Indian journal of veterinary science and animal husbandry - Volumes 15-17, 1948-1951
Year: 1948
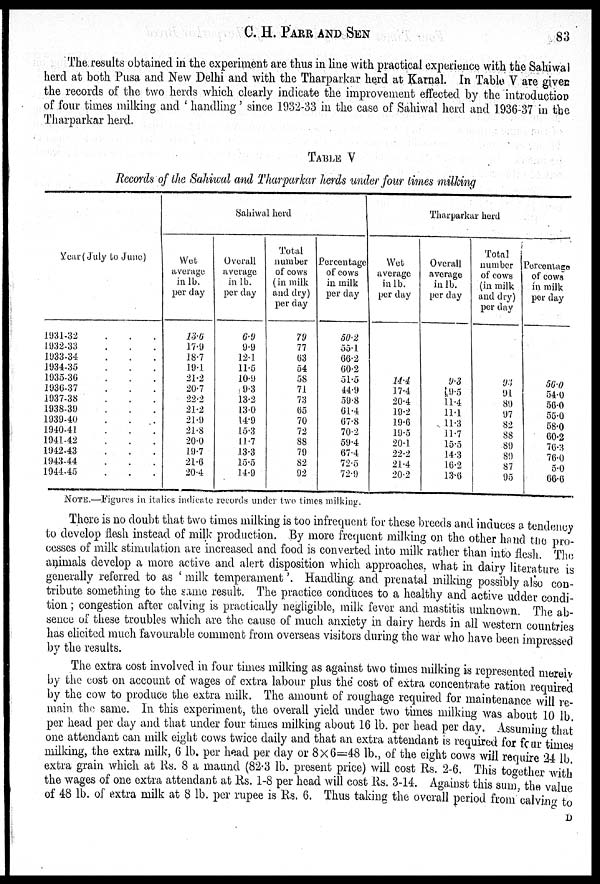
C.
H.
PARR
AND
SEN
83
The results obtained in the experiment are thus in line with practical experience with the Sahiwal
herd at both Pusa and New Delhi and with the Tharparkar herd at Karnal. In Table V are given
the records of the two herds which clearly indicate the improvement effected by the introduction
of four times milking and 'handling' since 1932-33 in the case of Sahiwal herd and 1936-37 in the
Tharparkar herd.
TABLE V
Records of the Sahiwal and Tharparkar herds under four times milking
Year (July to June)
1931-32
1932-33
1933-34
1934-35
1935-36
1936-37
1937-38
1938-39
1939-40
1940-41
1941-42
1942-43
1943-44
1944-45
Sahiwal herd
Wet
average
in lb.
per day
13.6
17.9
18.7
19.1
21.2
20.7
22.2
21.2
21.9
21.8
20.0
19.7
21.6
20.4
Overall
average
in lb.
per day
6.9
9.9
12.1
11.5
10.9
9.3
13.2
13.0
14.9
15.3
11.7
13.3
15.5
14.9
Total
number
of cows
(in milk
and dry)
per day
79
77
63
54
58
71
73
65
70
72
88
79
82
92
Percentage
of cows
in milk
per day
50.2
55.1
66.2
60.2
51.5
44.9
59.8
61.4
67.8
70.2
59.4
67.4
72.5
72.9
Tharparkar herd
Wet
average
in lb.
per day
14.4
17.4
20.4
19.2
19.6
19.5
20.1
22.2
21.4
20.2
Overall
average
in lb.
per day
9.3
9.5
11.4
11.1
11.3
11.7
15.5
14.3
16.2
13.6
Total
number
of cows
(in milk
and dry)
per day
93
91
89
97
82
88
89
89
87
95
Percentage
of cows
in milk
per day
56.0
54.0
56.0
55.0
58.0
60.2
76.3
76.0
5.0
66.6
NOTE.—Figures in italies indicate records under two times milking.
There is no doubt that two times milking is too infrequent for these breeds and induces a tendency
to develop flesh instead of milk production. By more frequent milking on the other hand the pro-
cesses of milk stimulation are increased and food is converted into milk rather than into flesh. The
animals develop a more active and alert disposition which approaches, what in dairy literature is
generally referred to as ' milk temperament'. Handling and prenatal milking possibly also con-
tribute something to the same result. The practice conduces to a healthy and active udder condi-
tion; congestion after calving is practically negligible, milk fever and mastitis unknown The ab-
sence of these troubles which are the cause of much anxiety in dairy herds in all western countries
has elicited much favourable comment from overseas visitors during the war who have been impressed
by the results.
The extra cost involved in four times milking as against two times milking is represented merely
by the cost on account of wages of extra labour plus the cost of extra concentrate ration required
by the cow to produce the extra milk. The amount of roughage required for maintenance will re-
main the same. In this experiment, the overall yield under two times milking was about 10 lb
per head per day and that under four times milking about 16 lb. per head per day. Assuming that
one attendant can milk eight cows twice daily and that an extra attendant is required for four times
milking, the extra milk, 6 lb. per head per day or 8×6=48 lb., of the eight cows will require 24 lb.
extra grain which at Rs. 8 a maund (82.3 lb. present price) will cost Rs. 2-6. This together with
the wages of one extra attendant at Rs. 1-8 per head will cost Rs. 3-14. Against this sum, the value
of 48 lb. of extra milk at 8 lb. per rupee is Rs. 6. Thus taking the overall period from calving to
D